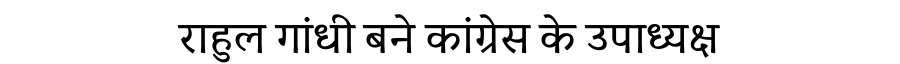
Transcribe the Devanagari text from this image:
राहुल गांधी बने कांग्रेस के उपाध्यक्ष